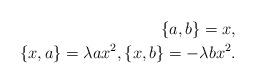
LaTeX: \begin{align*}\{a, b\}=x,\\\{x, a\}=\lambda ax^2, \{x, b\}=-\lambda bx^2. \\\end{align*}